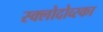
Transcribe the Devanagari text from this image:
स्क्लोदोव्स्का